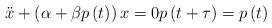
LaTeX: \begin{align*}\ddot{x}+\left( \alpha +\beta p\left( t\right) \right) x=0p\left(t+\tau \right) =p\left( t\right) \end{align*}